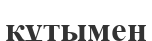
құтымен